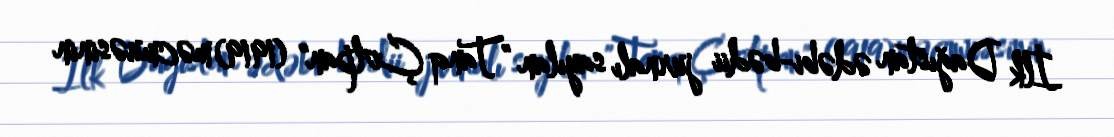
İlk Dağıstan ədəbi-bədii jurnalı sayılan "Tanq Çolpan" (1919) məcmuəsinin